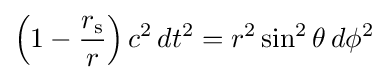
\left(1-{\frac {r_{\text{s}}}{r}}\right)c^{2}\,dt^{2}=r^{2}\sin ^{2}\theta \,d\phi ^{2}